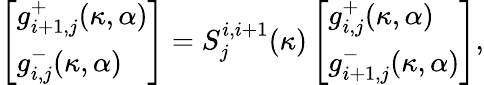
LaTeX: \left[\begin{array}{l}{g_{i+1,j}^{+}(\kappa,\alpha)}\\ {g_{i,j}^{-}(\kappa,\alpha)}\end{array}\right]=S_{j}^{i,i+1}(\kappa)\left[\begin{array}{l}{g_{i,j}^{+}(\kappa,\alpha)}\\ {g_{i+1,j}^{-}(\kappa,\alpha)}\end{array}\right],